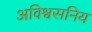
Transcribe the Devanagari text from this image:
अविश्वसनिय